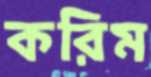
করিম